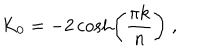
K _ { 0 } = - 2 \cosh \biggr ( { \frac { \pi k } { n } } \biggr ) \; ,